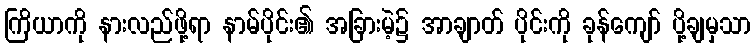
ကြိယာကို နားလည်ဖို့ရာ နာမ်ပိုင်း၏ အခြားမဲ့၌ အာချာတ် ပိုင်းကို ခုန်ကျော် ပို့ချမှသာ